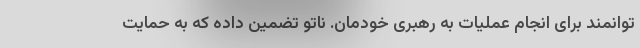
توانمند برای انجام عملیات به رهبری خودمان. ناتو تضمین داده که به حمایت